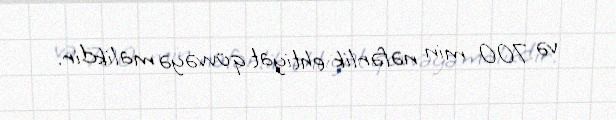
və 700 min nəfərlik ehtiyat qüvvəyə malikdir.